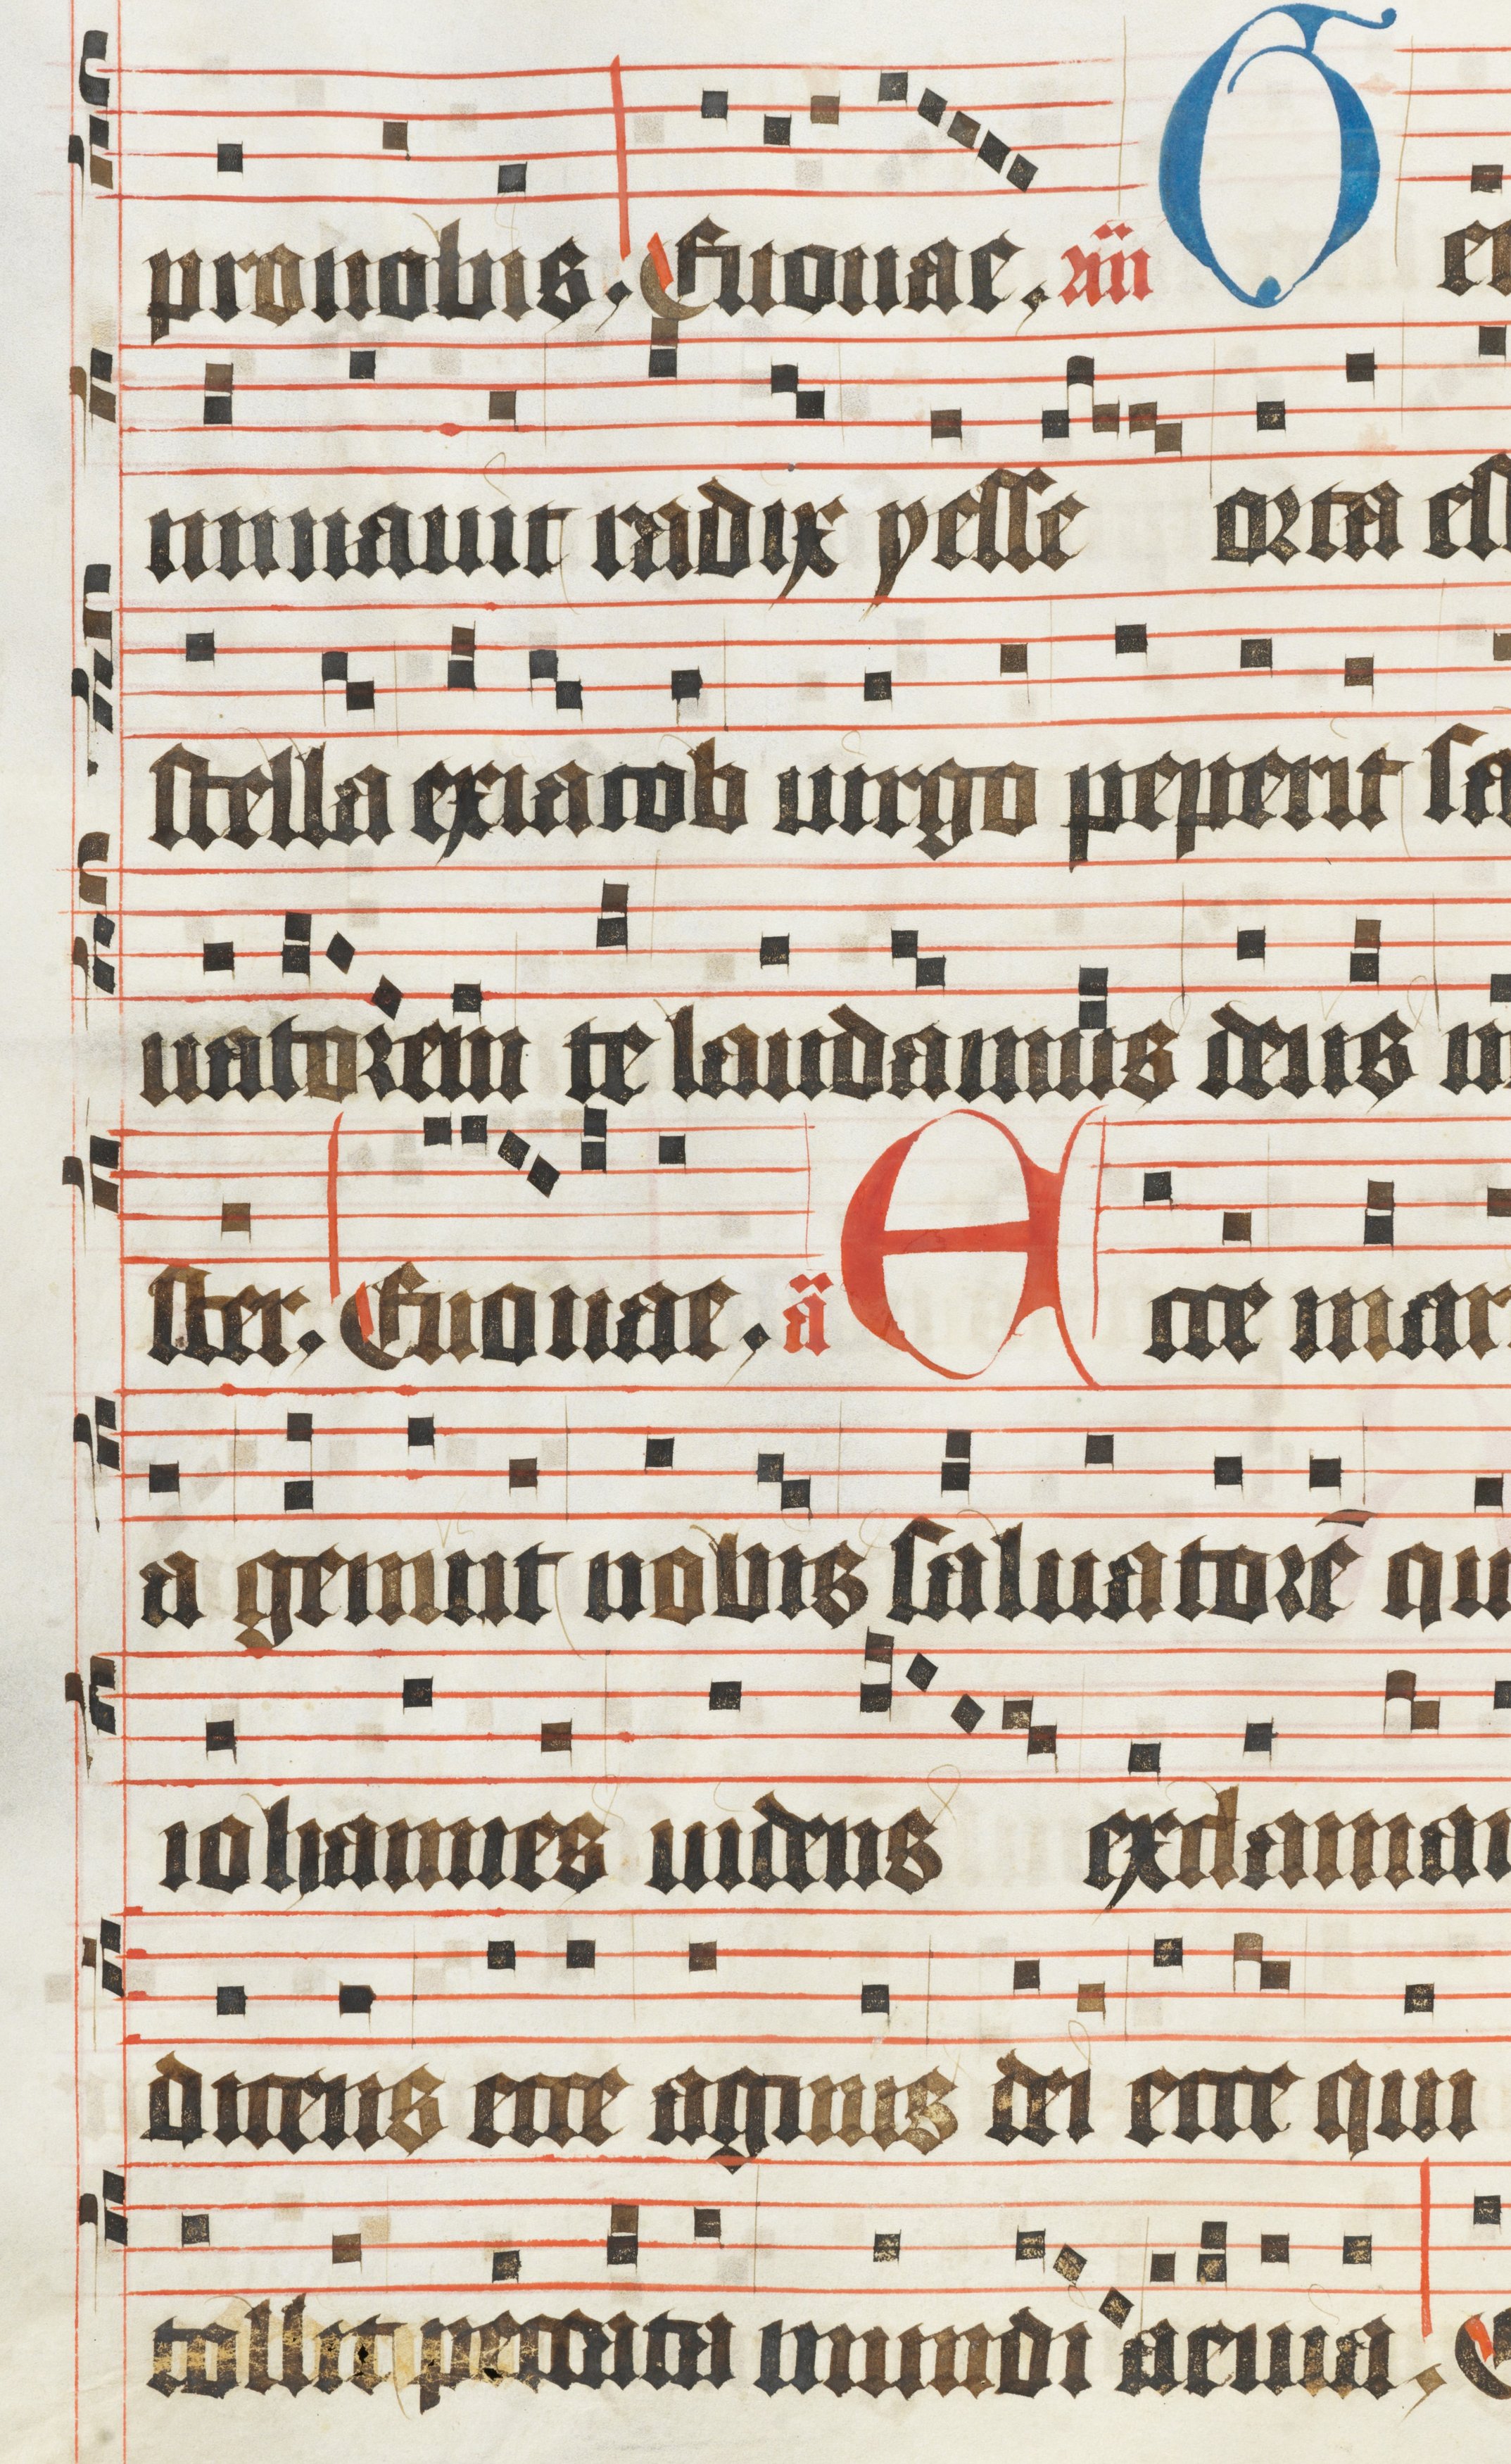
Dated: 1450–1499